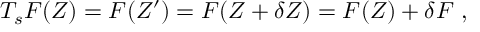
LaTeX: T _ { s } F ( Z ) = F ( Z ^ { \prime } ) = F ( Z + \delta Z ) = F ( Z ) + \delta F ~ ,